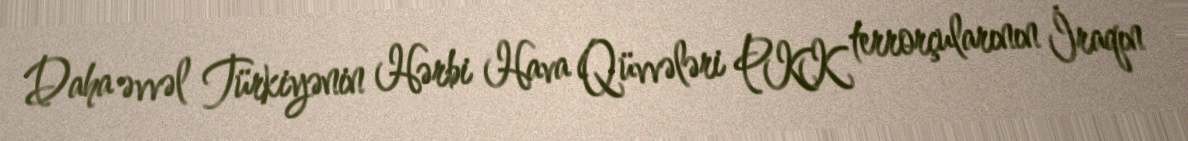
Daha əvvəl Türkiyənin Hərbi Hava Qüvvələri PKK terrorçularının İraqın